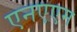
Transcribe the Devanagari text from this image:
एनएएम